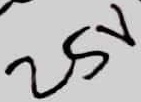
Text: 25V